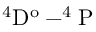
\mathrm { ^ 4 D ^ { o } - ^ { 4 } P }